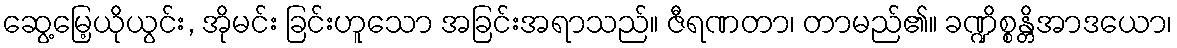
ဆွေ့မြေ့ယိုယွင်း, အိုမင်း ခြင်းဟူသော အခြင်းအရာသည်။ ဇီရဏတာ၊ တာမည်၏။ ခဏ္ဍိစ္စန္တိအာဒယော၊